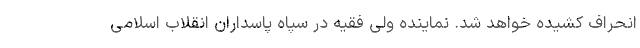
انحراف کشیده خواهد شد. نماینده ولی فقیه در سپاه پاسداران انقلاب اسلامی